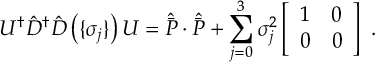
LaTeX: U ^ { \dagger } { \hat { \cal { D } } } ^ { \dagger } { \hat { \cal { D } } } \left( \lbrace \sigma _ { j } \rbrace \right) U = { \hat { \bar { P } } } \cdot { \hat { \bar { P } } } + \sum _ { j = 0 } ^ { 3 } \sigma _ { j } ^ { 2 } \left[ \begin{array} { c c } { { 1 } } & { { 0 } } \\ { { 0 } } & { { 0 } } \end{array} \right] \ .